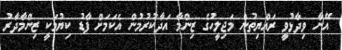
އޭނާ ވިދާޅުވީ ރައްޔިތުން މަޖިލީހުގެ ޒިންމާ އަދާކުރުމުން އެކަމަށް ފާޑު ކިޔުމަކީ ޒިންމާދާރު